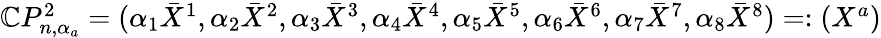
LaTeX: \begin{array}{r}{\mathbb{C}P_{n,\alpha_{a}}^{2}=(\alpha_{1}\bar{X}^{1},\alpha_{2}\bar{X}^{2},\alpha_{3}\bar{X}^{3},\alpha_{4}\bar{X}^{4},\alpha_{5}\bar{X}^{5},\alpha_{6}\bar{X}^{6},\alpha_{7}\bar{X}^{7},\alpha_{8}\bar{X}^{8})=:(X^{a})}\end{array}